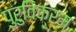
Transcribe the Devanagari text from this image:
पुरुविक्रम